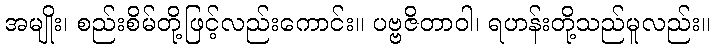
အမျိုး၊ စည်းစိမ်တို့ဖြင့်လည်းကောင်း။ ပဗ္ဗဇိတာဝါ၊ ရဟန်းတို့သည်မူလည်း။